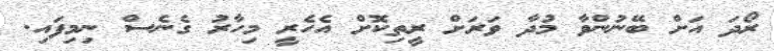
ރޯދަ އަށް ބޭނުންވާ މުދާ ވަރަށް ރީތިކޮށް އެހެރީ މިހާރު ގެނެސް ނިމިފައި.